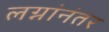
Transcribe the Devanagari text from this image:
लग्नांनंतर